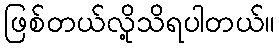
ဖြစ်တယ်လို့သိရပါတယ်။